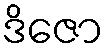
ဒိဇော